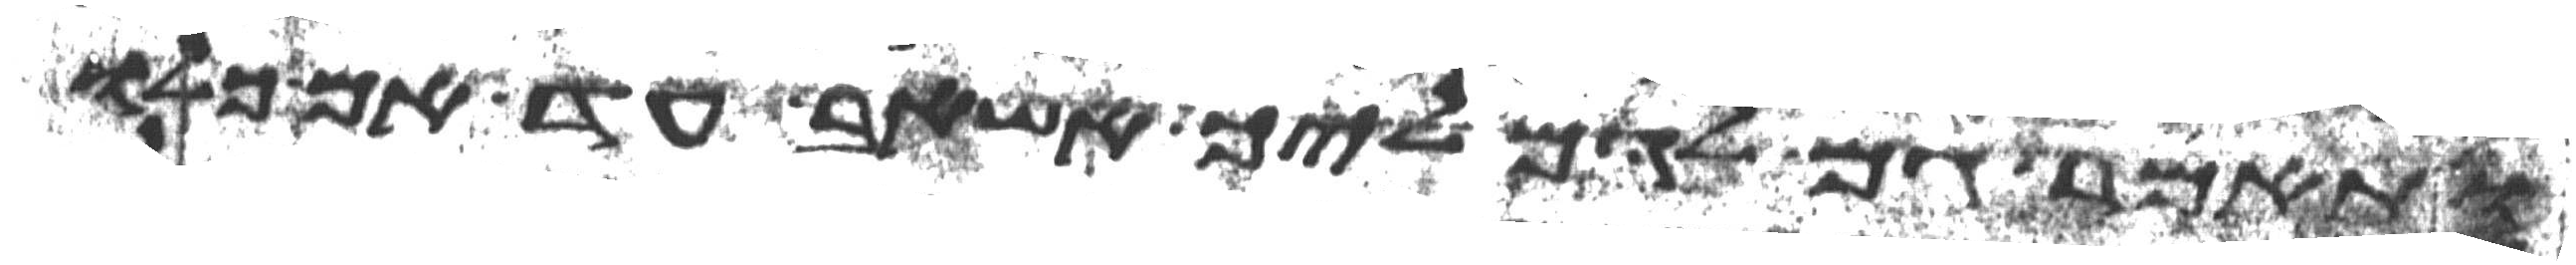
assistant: ותאמר גם לגמליך אשאב עד אם כלו